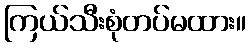
ကြယ်သီးစုံတပ်မထား။